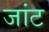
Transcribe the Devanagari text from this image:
जांट